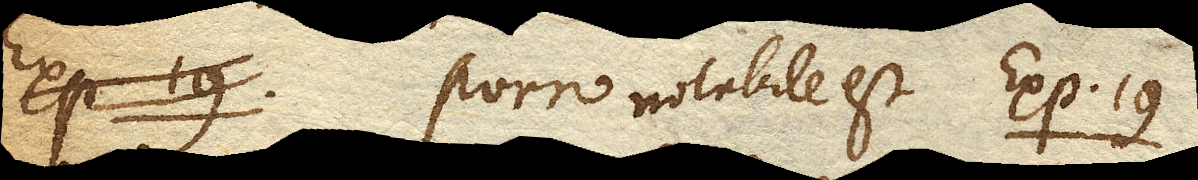
Exp. 19. Porro notabile est Exp. 19